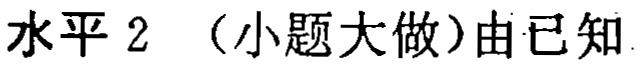
水平 2 （小题大做）由已知